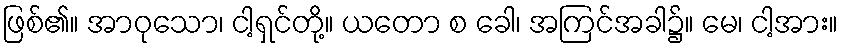
ဖြစ်၏။ အာဝုသော၊ ငါ့ရှင်တို့။ ယတော စ ခေါ၊ အကြင်အခါ၌။ မေ၊ ငါ့အား။